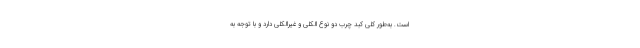
است. به‌طور کلی کبد چرب دو نوع الکلی و غیرالکلی دارد و با توجه به